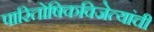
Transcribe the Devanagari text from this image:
पारितोषिकविजेत्यांची